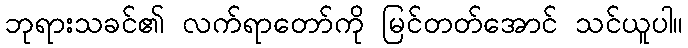
ဘုရားသခင်၏ လက်ရာတော်ကို မြင်တတ်အောင် သင်ယူပါ။